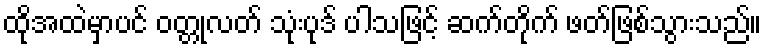
ထိုအထဲမှာပင် ဝတ္တုလတ် သုံးပုဒ် ပါသဖြင့် ဆက်တိုက် ဖတ်ဖြစ်သွားသည်။